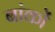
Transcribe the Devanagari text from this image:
बांकों